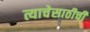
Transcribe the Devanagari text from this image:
त्याचेसाठीची